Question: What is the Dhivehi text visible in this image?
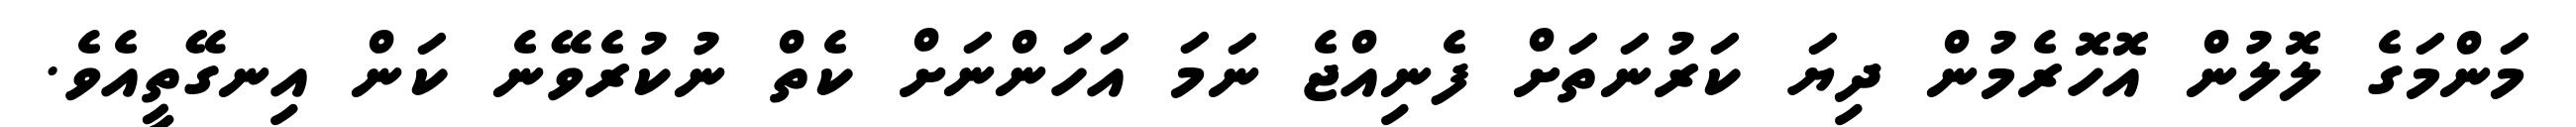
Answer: މަންމަގެ ލޮލުން އޮހޮރެމުން ދިޔަ ކަރުނަތަށް ފެނިއްޖެ ނަމަ އަހަންނަށް ކެތް ނުކުރެވޭނެ ކަން އިނގޭތީއެވެ.